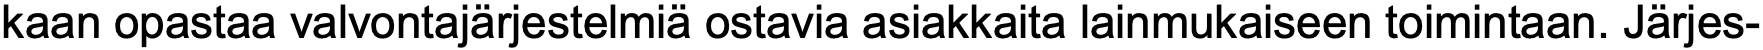
kaan opastaa valvontajärjestelmiä ostavia asiakkaita lainmukaiseen toimintaan. Järjes-